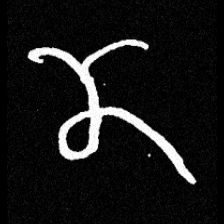
Pyu character \u2014 Myanmar letter: ဏ (romanized: nna)